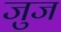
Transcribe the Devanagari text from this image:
जुज